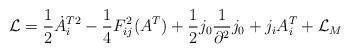
LaTeX: \begin{align*}{\cal L} = \frac{1}{2} \dot A_i^{T2} - \frac{1}{4} F_{ij}^2 (A^T) +\frac{1}{2} j_0\frac{1}{\partial^2}j_0 + j_i A_i^T +{\cal L}_M\end{align*}